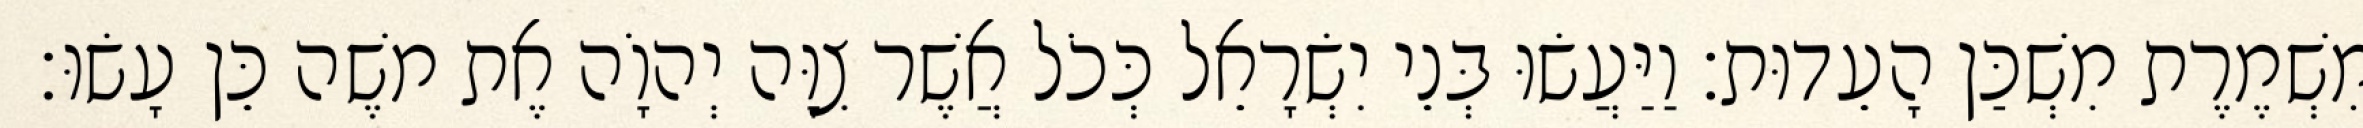
מִשְׁמֶרֶת מִשְׁכַּן הָעֵדוּת׃ וַיַּעֲשׂוּ בְּנֵי יִשְׂרָאֵל כְּכֹל אֲשֶׁר צִוָּה יְהוָֹה אֶת משֶׁה כֵּן עָשׂוּ׃